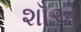
શૉએ